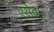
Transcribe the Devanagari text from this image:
एसेवा